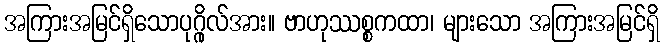
အကြားအမြင်ရှိသောပုဂ္ဂိုလ်အား။ ဗာဟုဿစ္စကထာ၊ များသော အကြားအမြင်ရှိ